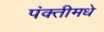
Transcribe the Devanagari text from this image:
पंक्तीमधे